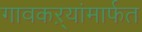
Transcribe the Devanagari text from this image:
गावकऱ्यांमार्फत